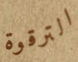
الترقوة